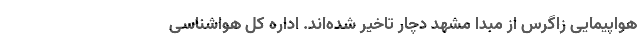
هواپیمایی زاگرس از مبدا مشهد دچار تاخیر شده‌اند. اداره کل هواشناسی